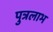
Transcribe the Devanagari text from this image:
पुत्रलाभ